Indian journal of veterinary science and animal husbandry - Volume 13,
Year: 1943
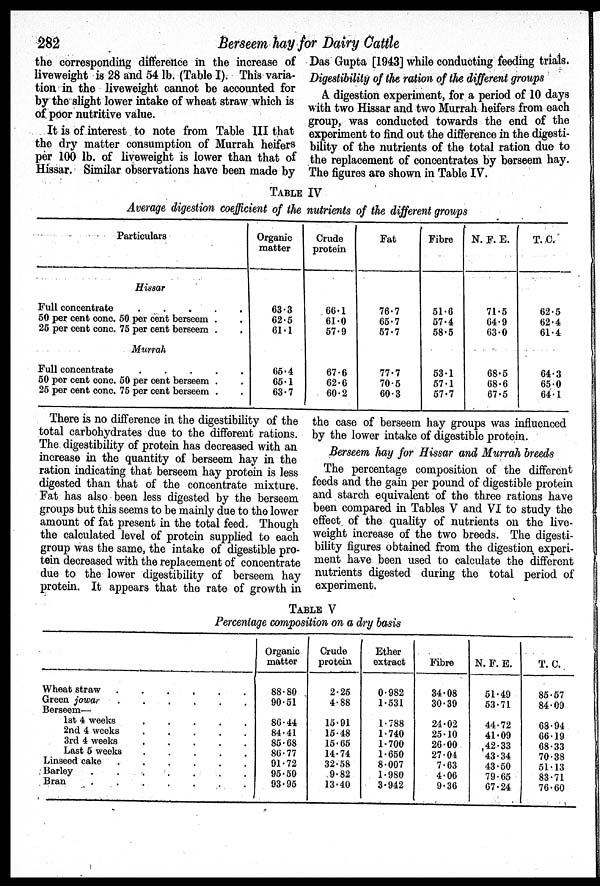
282
Berseem hay for Dairy Cattle
the corresponding difference in the increase of
liveweight is 28 and 54 lb. (Table I). This varia-
tion in the liveweight cannot be accounted for
by the slight lower intake of wheat straw which is
of poor nutritive value.
It is of interest to note from Table III that
the dry matter consumption of Murrah heifers
per 100 lb. of liveweight is lower than that of
Hissar. Similar observations have been made by
Das Gupta [1943] while conducting feeding trials.
Digestibility of the ration of the different groups
A digestion experiment, for a period of 10 days
with two Hissar and two Murrah heifers from each
group, was conducted towards the end of the
experiment to find out the difference in the digesti-
bility of the nutrients of the total ration due to
the replacement of concentrates by berseem hay.
The figures are shown in Table IV.
TABLE IV
Average digestion coefficient of the nutrients of the different groups
Particulars
Hissar
Full concentrate
.
.
.
.
.
50 per cent conc. 50 per cent berseem . .
25 per cent conc. 75 per cent berseem . .
Murrah
Full concentrate
.
.
.
.
.
50 per cent conc. 50 per cent berseem . .
25 per cent cone. 75 per cent berseem . .
Organic
matter
63.3
62.5
61.1
65.4
65.1
63.7
Crude
protein
66.1
61.0
57.9
67.6
62.6
60.2
Fat
76.7
65.7
57.7
77.7
70.5
60.3
Fibre
51.6
57.4
58.5
53.1
57.1
57.7
N. F. E.
71.5
64.9
63.0
68.5
68.6
67.5
T. C.
62.5
62.4
61.4
64.3
65.0
64.1
There is no difference in the digestibility of the
total carbohydrates due to the different rations.
The digestibility of protein has decreased with an
increase in the quantity of berseem hay in the
ration indicating that berseem hay protein is less
digested than that of the concentrate mixture.
Fat has also been less digested by the berseem
groups but this seems to be mainly due to the lower
amount of fat present in the total feed. Though
the calculated level of protein supplied to each
group was the same, the intake of digestible pro-
tein decreased with the replacement of concentrate
due to the lower digestibility of berseem hay
protein. It appears that the rate of growth in
the case of berseem hay groups was influenced
by the lower intake of digestible protein.
Berseem hay for Hissar and Murrah breeds
The percentage composition of the different
feeds and the gain per pound of digestible protein
and starch equivalent of the three rations have
been compared in Tables V and VI to study the
effect of the quality of nutrients on the live-
weight increase of the two breeds. The digesti-
bility figures obtained from the digestion experi-
ment have been used to calculate the different
nutrients digested during the total period of
experiment.
TABLE V
Percentage composition on a dry basis
Wheat straw
.
.
.
.
.
.
Green jowar
.
.
.
.
.
.
Berseem—
1st 4 weeks
.
.
.
.
.
2nd 4 weeks
.
.
.
.
.
3rd 4 weeks
.
.
.
.
.
Last 5 weeks
.
.
.
.
.
Linseed cake
.
.
.
.
.
.
Barley
.
.
.
.
Bran
.
.
.
.
.
.
.
Organic
matter
88.80
90.51
86.44
84.41
85.68
86.77
91.72
95.50
93.95
Crude
protein
2.25
4.88
15.91
15.48
15.65
14.74
32.58
9.82
13.40
Ether
extract
0.982
1.531
1.788
1.740
1.700
1.650
8.007
1.980
3.942
Fibre
34.08
30.39
24.02
25.10
20.00
27.04
7.63
4.06
9.36
N. F. E.
51.49
53.71
44.72
41.09
42.33
43.34
43.50
79.65
67.24
T. C.
85.57
84.09
68.94
66.19
68.33
70.38
51.13
83.71
76.60